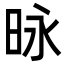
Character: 昹